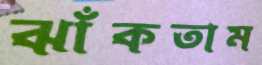
ঝাঁকতাম